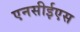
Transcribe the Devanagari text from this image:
एनसीईएस